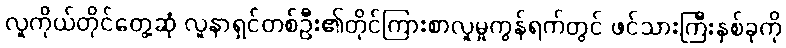
လူကိုယ်တိုင်တွေ့ဆုံ လူနာရှင်တစ်ဦး၏တိုင်ကြားစာလူမှုကွန်ရက်တွင် ဖင်သားကြီးနှစ်ခုကို